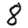
Digit: 8